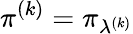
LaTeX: \pi^{(k)}=\pi_{\lambda^{(k)}}